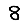
Digit: 8